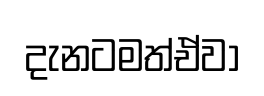
දැනටමත්ඒවා